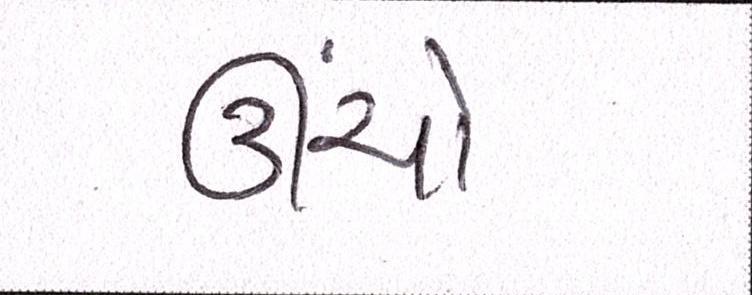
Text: ઊંચો